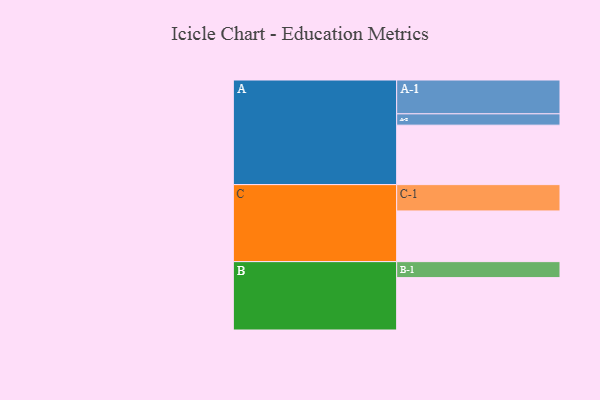
{"axis": {"x": "Segment", "y": "Value"}, "legend": ["", "A", "B", "C"], "data": [{"x": "A", "y": 420, "type": ""}, {"x": "B", "y": 370, "type": ""}, {"x": "C", "y": 358, "type": ""}, {"x": "A-1", "y": 239, "type": "A"}, {"x": "A-2", "y": 80, "type": "A"}, {"x": "B-1", "y": 113, "type": "B"}, {"x": "C-1", "y": 186, "type": "C"}]}